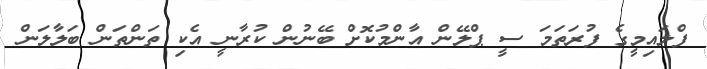
ފްލައިމީގެ ފުރަތަމަ ސީ ޕްލޭން އާންމުކޮށް ބޭނުން ކުރާނީ އެކި ތަންތަން ބަލާލަން